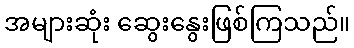
အများဆုံး ဆွေးနွေးဖြစ်ကြသည်။